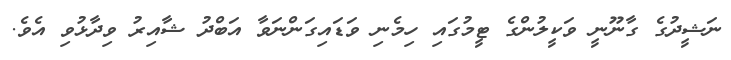
ނަޝީދުގެ ގާނޫނީ ވަކީލުންގެ ޓީމުގައި ހިމެނި ވަޑައިގަންނަވާ އަބްދު ޝާއިރު ވިދާޅުވި އެވެ.